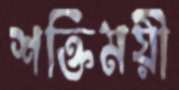
শক্তিময়ী